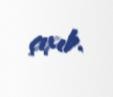
çıxıb.